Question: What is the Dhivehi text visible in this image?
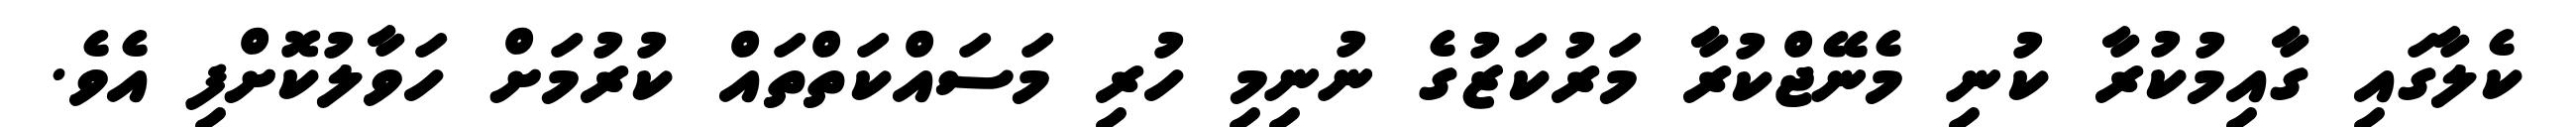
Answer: ކެލާގައި ގާއިމުކުރާ ކުނި މެނޭޖްކުރާ މަރުކަޒުގެ ނުނިމި ހުރި މަސައްކަތްތައް ކުރުމަށް ހަވާލުކޮށްފި އެވެ.